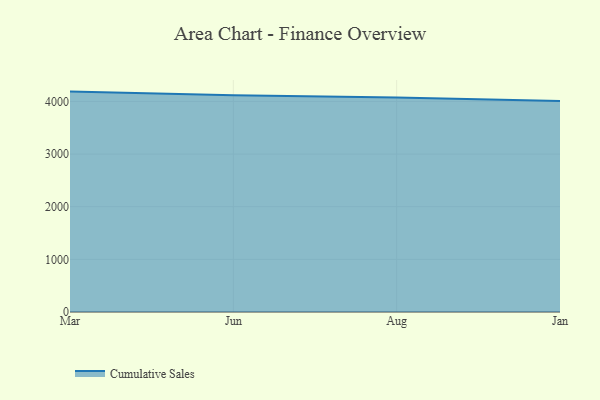
{"axis": {"x": "Month", "y": "Website Visitors"}, "legend": ["Cumulative Sales"], "data": [{"x": "Mar", "y": 4186.7, "type": "Cumulative Sales"}, {"x": "Jun", "y": 4118.0, "type": "Cumulative Sales"}, {"x": "Aug", "y": 4074.6, "type": "Cumulative Sales"}, {"x": "Jan", "y": 4008.2, "type": "Cumulative Sales"}]}